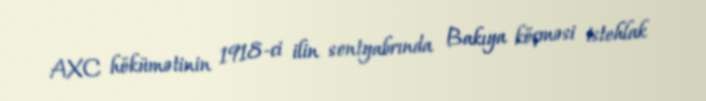
AXC hökümətinin 1918-ci ilin sentyabrında Bakıya köçməsi istehlak